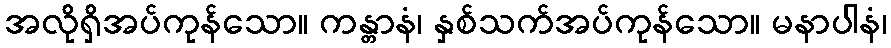
အလိုရှိအပ်ကုန်သော။ ကန္တာနံ၊ နှစ်သက်အပ်ကုန်သော။ မနာပါနံ၊